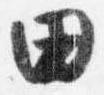
田